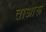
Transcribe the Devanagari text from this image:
ताओरू